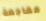
مهاجمة